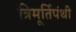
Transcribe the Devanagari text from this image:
त्रिमूर्तिपंथी